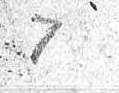
7